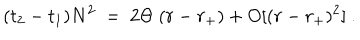
LaTeX: ( t _ { 2 } - t _ { 1 } ) N ^ { 2 } ~ = ~ 2 \Theta ~ ( r - r _ { + } ) + O [ ( r - r _ { + } ) ^ { 2 } ] ~ .